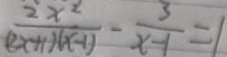
\frac { 2 x ^ { 2 } } { ( 2 x + 1 ) ( x - 1 ) } - \frac { 3 } { x - 1 } = 1